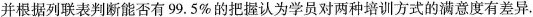
并根据列联表判断能否有99.5%的把握认为学员对两种培训方式的满意度有差异.